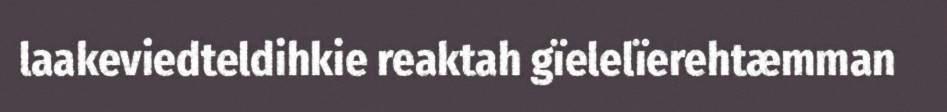
laakeviedteldihkie reaktah gïelelïerehtæmman